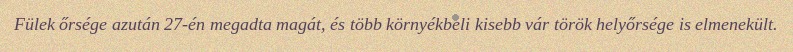
Fülek őrsége azután 27-én megadta magát, és több környékbeli kisebb vár török helyőrsége is elmenekült.